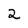
Character: 2